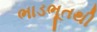
ભાડભૂતથી